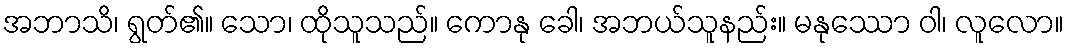
အဘာသိ၊ ရွတ်၏။ သော၊ ထိုသူသည်။ ကောနု ခေါ၊ အဘယ်သူနည်း။ မနုဿော ဝါ၊ လူလော။